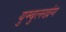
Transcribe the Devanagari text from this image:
युम्बुलखंग